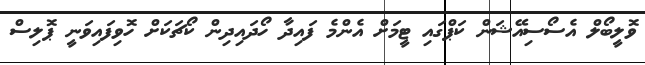
ވޮލީބޯލް އެސޯސިއޭޝަން ކަޕްގައި ޓީމަށް އެންމެ ފައިދާ ހޯދައިދިން ކޯޗަކަށް ހޮވިފައިވަނީ ޕޮލިސް